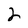
Character: 2